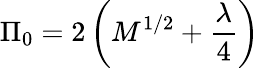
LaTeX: \Pi_{0}=2\left(M^{1/2}+\frac{\lambda}{4}\right)